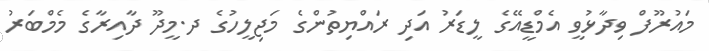
މައުރޫފް ވިދާޅުވީ އެމްޑީއޭގެ ލީޑަރު އަދި ރައްޔިތުންގެ މަޖިލީހުގެ ދ.މީދޫ ދާއިރާގެ މެމްބަރު